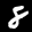
Label: 8